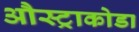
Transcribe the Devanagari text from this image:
औस्ट्राकोडा